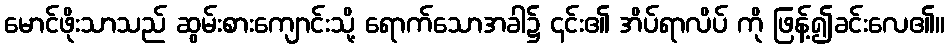
မောင်ဖိုးသာသည် ဆွမ်းစားကျောင်းသို့ ရောက်သောအခါ၌ ၎င်း၏ အိပ်ရာလိပ် ကို ဖြန့်၍ခင်းလေ၏။